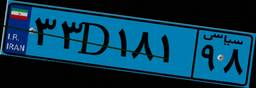
۶۵D۰۳۳۴۸